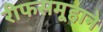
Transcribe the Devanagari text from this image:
रीफसमूहाने